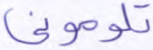
تلوموني